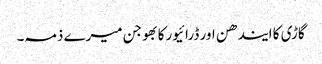
گاڑی کا ایندھن اور ڈرائیورکا بھوجن میرے ذمہ۔